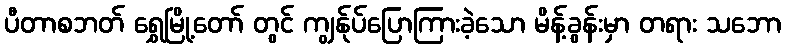
ပီတာစဘတ် ရွှေမြို့တော် တွင် ကျွန်ုပ်ပြောကြားခဲ့သော မိန့်ခွန်းမှာ တရား သဘော